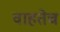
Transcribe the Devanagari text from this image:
वाहतेच